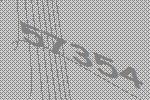
57354